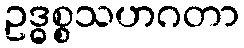
ဥဒ္ဓစ္စသဟဂတာ